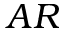
A R